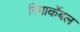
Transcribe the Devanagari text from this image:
रिमार्केबल